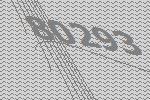
80293